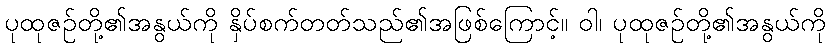
ပုထုဇဉ်တို့၏အနွယ်ကို နှိပ်စက်တတ်သည်၏အဖြစ်ကြောင့်။ ဝါ၊ ပုထုဇဉ်တို့၏အနွယ်ကို